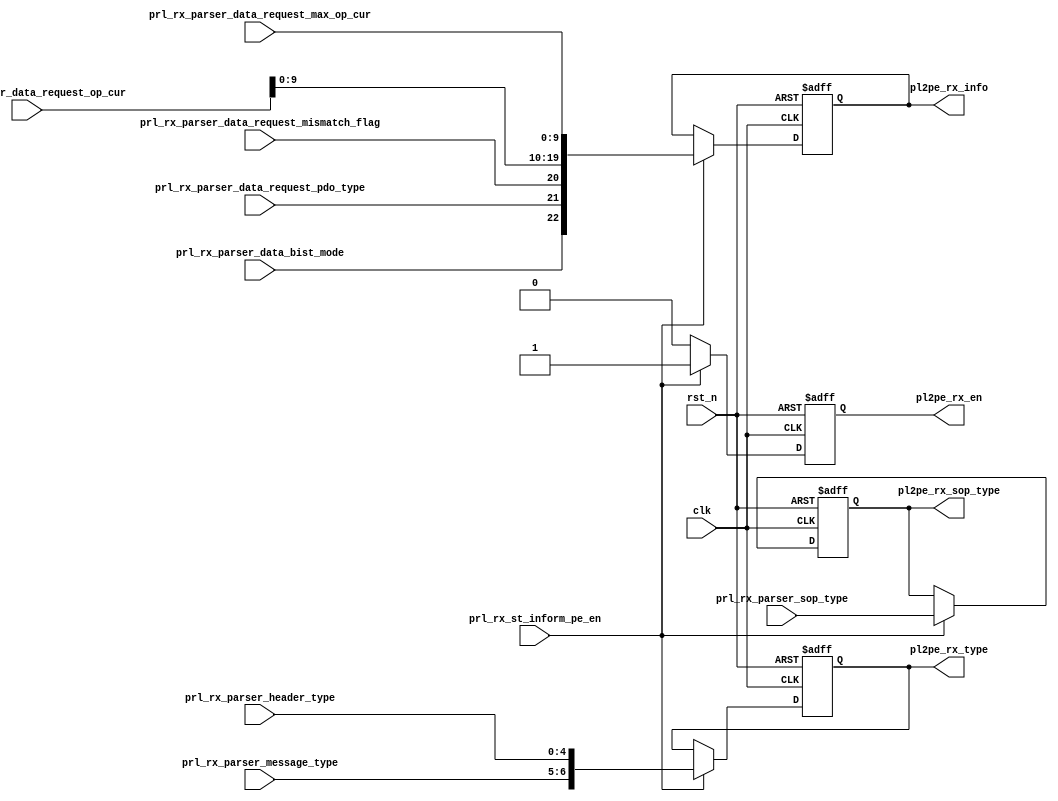
module prl_rx_message_if(
    clk,
    rst_n,

    pl2pe_rx_en,
    pl2pe_rx_type,
    pl2pe_rx_sop_type,
    pl2pe_rx_info,

    prl_rx_st_inform_pe_en,

    //prl rx parser header
    prl_rx_parser_message_type,
    prl_rx_parser_sop_type,
    prl_rx_parser_header_type,

    //bist message
    prl_rx_parser_data_bist_mode,

    //request message
    prl_rx_parser_data_request_pdo_type,
    prl_rx_parser_data_request_op_cur,
    prl_rx_parser_data_request_max_op_cur,
    prl_rx_parser_data_request_mismatch_flag

);

input              clk;
input              rst_n;

output             pl2pe_rx_en;
output   [ 6:0]    pl2pe_rx_type;
output   [ 2:0]    pl2pe_rx_sop_type;
output   [22:0]    pl2pe_rx_info;

input              prl_rx_st_inform_pe_en;

input    [ 1:0]    prl_rx_parser_message_type;
input    [ 2:0]    prl_rx_parser_sop_type;
input    [ 4:0]    prl_rx_parser_header_type;

input              prl_rx_parser_data_bist_mode;

input              prl_rx_parser_data_request_pdo_type;
input    [10:0]    prl_rx_parser_data_request_op_cur;
input    [ 9:0]    prl_rx_parser_data_request_max_op_cur;
input              prl_rx_parser_data_request_mismatch_flag;


reg                pl2pe_rx_en;
reg      [ 6:0]    pl2pe_rx_type;
reg      [ 2:0]    pl2pe_rx_sop_type;
reg      [22:0]    pl2pe_rx_info;

wire     [22:0]    pl2pe_rx_info_pre;

//========================================================================================
//========================================================================================
//               PRL RX Message IF 
//========================================================================================
//========================================================================================

always @(posedge clk or negedge rst_n) begin
       if(!rst_n) begin
              pl2pe_rx_en             <= 1'h0;
              pl2pe_rx_type           <= 7'h0;
              pl2pe_rx_sop_type       <= 3'h0;
              pl2pe_rx_info           <= 23'h0;
       end
       else if(prl_rx_st_inform_pe_en) begin
              pl2pe_rx_en             <= 1'h1;
              pl2pe_rx_type           <= {prl_rx_parser_message_type, prl_rx_parser_header_type};
              pl2pe_rx_sop_type       <= prl_rx_parser_sop_type;
              pl2pe_rx_info           <= pl2pe_rx_info_pre;
       end
       else begin
              pl2pe_rx_en             <= 1'h0;
       end
end



assign     pl2pe_rx_info_pre[ 9: 0]     =         prl_rx_parser_data_request_max_op_cur;
assign     pl2pe_rx_info_pre[19:10]     =         prl_rx_parser_data_request_op_cur;
assign     pl2pe_rx_info_pre[20:20]     =         prl_rx_parser_data_request_mismatch_flag;
assign     pl2pe_rx_info_pre[21:21]     =         prl_rx_parser_data_request_pdo_type;


assign     pl2pe_rx_info_pre[22:22]     =         prl_rx_parser_data_bist_mode;




endmodule